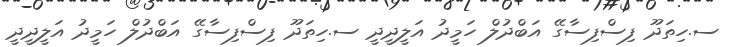
ސ.ހިތަދޫ ފިސްފިސާގޭ އަބްދުލް ހަމީދު އަލީދީދީ ސ.ހިތަދޫ ފިސްފިސާގޭ އަބްދުލް ހަމީދު އަލީދީދީ